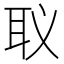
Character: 𮋬